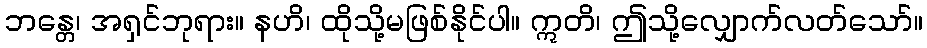
ဘန္တေ၊ အရှင်ဘုရား။ နဟိ၊ ထိုသို့မဖြစ်နိုင်ပါ။ ဣတိ၊ ဤသို့လျှောက်လတ်သော်။